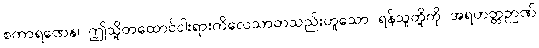
စကာရဏေန၊ ဤသို့တထောင်ငါးရားကိလေသာတသည်းဟူသော ရန်သူတို့ကို အရဟတ္တဉာဏ်